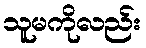
သူမကိုလည်း